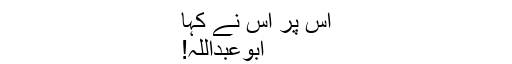
اس پر اس نے کہا
ابوعبداللہ!